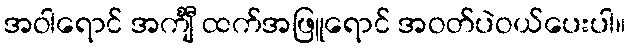
အဝါရောင် အင်္ကျီ ထက်အဖြူရောင် အဝတ်ပဲဝယ်ပေးပါ။